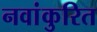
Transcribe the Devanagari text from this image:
नवांकुरित